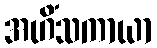
အဟိံသကာယာ